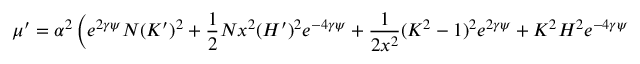
\mu ^ { \prime } = \alpha ^ { 2 } \left( e ^ { 2 \gamma \psi } N ( K ^ { \prime } ) ^ { 2 } + \frac { 1 } { 2 } N x ^ { 2 } ( H ^ { \prime } ) ^ { 2 } e ^ { - 4 \gamma \psi } + \frac { 1 } { 2 x ^ { 2 } } ( K ^ { 2 } - 1 ) ^ { 2 } e ^ { 2 \gamma \psi } + K ^ { 2 } H ^ { 2 } e ^ { - 4 \gamma \psi } \right.